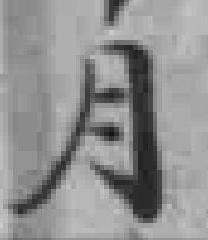
月